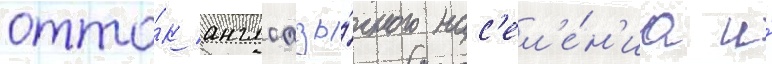
отто́к англоазы́чного нас'ел'е́н'иа и́